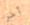
آخر